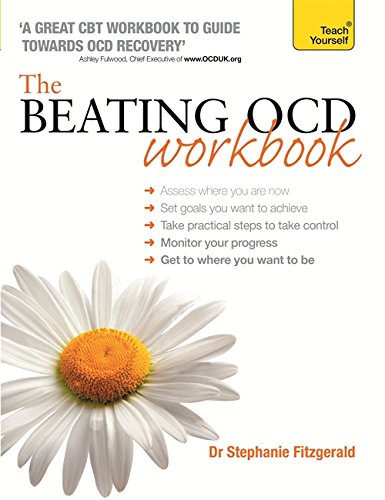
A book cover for The Beating OCD Workbook (Teach Yourself: Relationships & Self-Help); Stephanie Fitzgerald; Health, Fitness & Dieting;